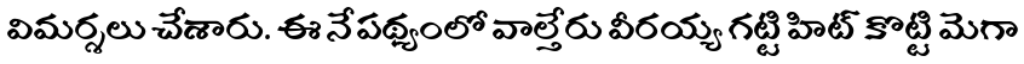
విమర్శలు చేశారు. ఈ నేపథ్యంలో వాల్తేరు వీరయ్య గట్టి హిట్ కొట్టి మెగా